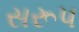
સરૂપ